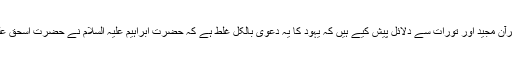
اپنی کتاب ’’الرأی الصحیح فی من ہو الذبیح‘‘ میں انھوں نے بڑی تفصیل سے قرآن مجید اور تورات سے دلائل پیش کیے ہیں کہ یہود کا یہ دعویٰ بالکل غلط ہے کہ حضرت ابراہیم علیہ السلام نے حضرت اسحق علیہ السلام کو قربانی کے لیے پیش کیا، نہ کہ حضرت اسمٰعیل علیہ السلام کو ۔